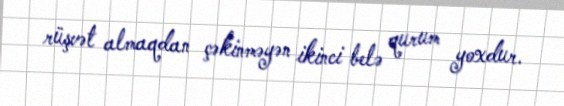
rüşvət almaqdan çəkinməyən ikinci belə qurum yoxdur.